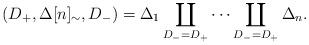
LaTeX: \begin{align*}(D_+,\Delta[n]_\sim, D_-)=\Delta_1 \coprod_{D_- =D_+} \cdots \coprod_{D_-=D_+}\Delta_n.\end{align*}